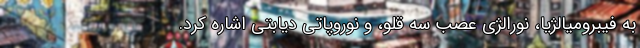
به فیبرومیالژیا، نورالژی عصب سه قلو، و نوروپاتی دیابتی اشاره کرد.